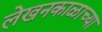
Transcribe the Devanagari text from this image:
लेखनकाळाच्या